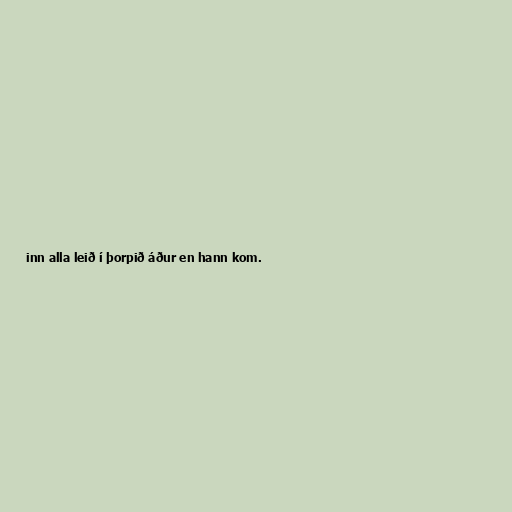
inn alla leið í þorpið áður en hann kom.